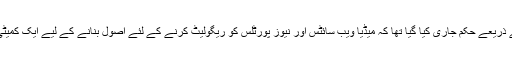
گزشتہ مہینے وزارت کے ذریعے حکم جاری کیا گیا تھا کہ میڈیا ویب سائٹس اور نیوز پورٹلس کو ریگولیٹ کرنے کے لئے اصول بنانے کے لیے ایک کمیٹی کی تشکیل کی جائے‌گی۔